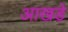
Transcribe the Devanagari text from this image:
आखड़े